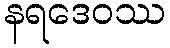
နရဒေဝဿ